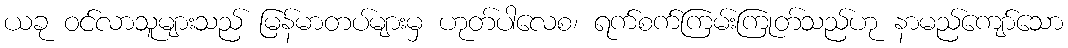
ယခု ဝင်လာသူများသည် မြန်မာတပ်များမှ ဟုတ်ပါလေစ၊ ရက်စက်ကြမ်းကြုတ်သည်ဟု နာမည်ကျော်သော